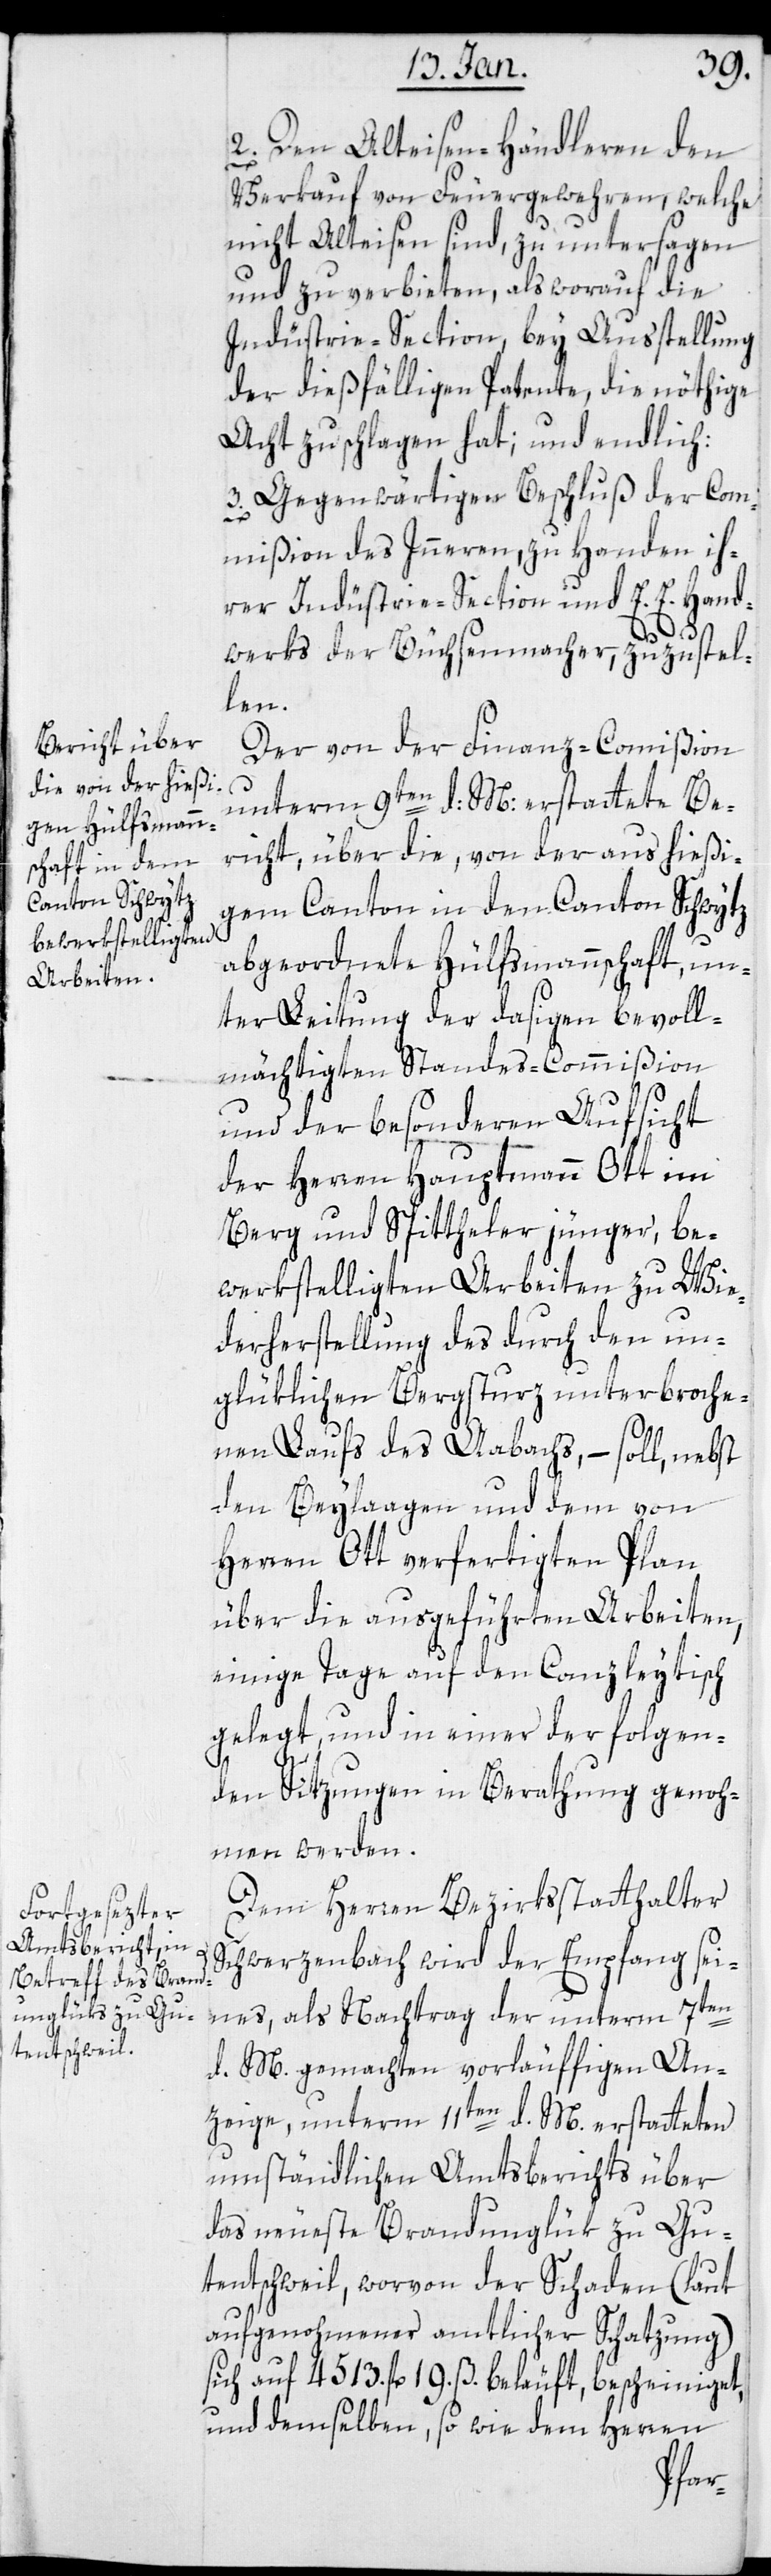
2. Den Alteisen-Händleren den
Verkauf von Feuergewehren, welche
nicht Alteisen sind, zu untersagen
und zu verbieten, als worauf die
Indüstrie-Section, bey Ausstellung
der dießfälligen Patente, die nöthige
Acht zu schlagen hat; und endlich:
3. Gegenwärtigen Beschluß der Com¬
mißion des Innern, zu Handen ih¬
rer Indüstrie-Section und E. E. Hand¬
werks der Büchsenmacher, zuzustel¬
len.
Der von der Finanz-Commißion
unterm 9ten d: M: erstattete Be¬
richt, über die, von der aus hießi¬
gem Canton in den Canton Schwytz
abgeordnete Hülfsmannschaft, un¬
ter Leitung der dasigen bevoll¬
mächtigten Standes-Commißion
und der besonderen Aufsicht
der Herren Hauptmann Ott im
Berg und Spitteler jünger, be¬
werkstelligten Arbeiten zu Wie¬
derherstellung des durch den un¬
glüklichen Bergsturz unterbroche¬
nen Laufs des Aabachs, – soll, nebst
den Beylagen und dem von
Herren Ott verfertigten Plan
über die ausgeführten Arbeiten,
einige Tage auf den Canzleytisch
gelegt, und in einer der folgen¬
den Sitzungen in Berathung genom¬
men werden.
Dem Herren Bezirksstatthalter
Schwerzenbach wird der Empfang sei¬
nes, als Nachtrag der unterm 7ten
d. M. gemachten vorläufigen An¬
zeige, unterm 11ten d. M. erstatteten
umständlichen Amtsbericht über
das neueste Brandunglück zu Gu¬
tentschweil, worvon der Schaden (laut
aufgenommener amtlicher Schatzung)
sich auf 4513. fl. 19. ß. beläuft, bescheiniget,
und demselben so wie dem Herren